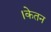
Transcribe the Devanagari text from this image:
।केतन